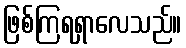
ဖြစ်ကြရရှာလေသည်။